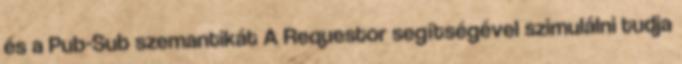
és a Pub-Sub szemantikát A Requestor segítségével szimulálni tudja